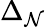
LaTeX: \Delta_{\mathcal{N}}